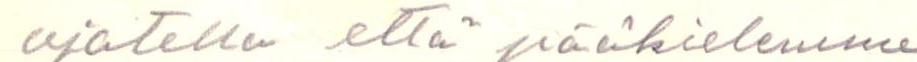
ajatella että pääkielemme